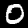
Digit: 0